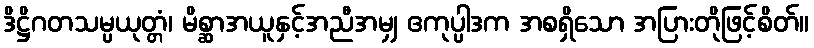
ဒိဋ္ဌိဂတသမ္ပယုတ္တံ၊ မိစ္ဆာအယူနှင့်အညီအမျှ ဧကုပ္ပါဒက အစရှိသော အပြားတိုဖြင့်စိတ်။